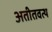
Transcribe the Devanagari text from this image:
अतीतवत्थ